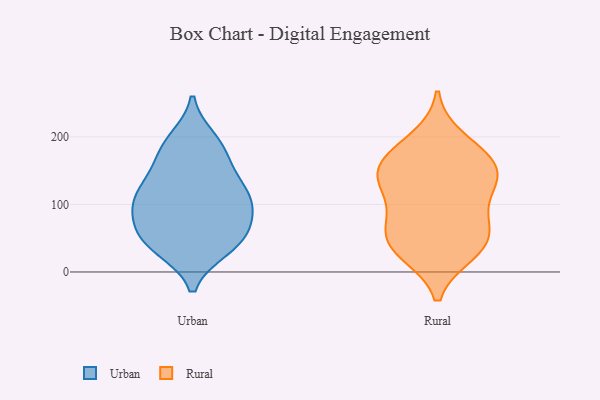
{"axis": {"x": "Waste Production (Tons)", "y": "Value"}, "legend": ["Rural", "Urban"], "data": [{"x": "", "y": 174, "type": "Urban"}, {"x": "", "y": 105, "type": "Urban"}, {"x": "", "y": 190, "type": "Urban"}, {"x": "", "y": 46, "type": "Urban"}, {"x": "", "y": 117, "type": "Urban"}, {"x": "", "y": 46, "type": "Urban"}, {"x": "", "y": 57, "type": "Urban"}, {"x": "", "y": 162, "type": "Urban"}, {"x": "", "y": 36, "type": "Urban"}, {"x": "", "y": 88, "type": "Urban"}, {"x": "", "y": 80, "type": "Urban"}, {"x": "", "y": 35, "type": "Urban"}, {"x": "", "y": 196, "type": "Urban"}, {"x": "", "y": 132, "type": "Urban"}, {"x": "", "y": 121, "type": "Urban"}, {"x": "", "y": 114, "type": "Urban"}, {"x": "", "y": 83, "type": "Urban"}, {"x": "", "y": 173, "type": "Rural"}, {"x": "", "y": 29, "type": "Rural"}, {"x": "", "y": 76, "type": "Rural"}, {"x": "", "y": 170, "type": "Rural"}, {"x": "", "y": 93, "type": "Rural"}, {"x": "", "y": 41, "type": "Rural"}, {"x": "", "y": 144, "type": "Rural"}, {"x": "", "y": 128, "type": "Rural"}, {"x": "", "y": 54, "type": "Rural"}, {"x": "", "y": 131, "type": "Rural"}, {"x": "", "y": 28, "type": "Rural"}, {"x": "", "y": 158, "type": "Rural"}, {"x": "", "y": 59, "type": "Rural"}, {"x": "", "y": 197, "type": "Rural"}, {"x": "", "y": 138, "type": "Rural"}]}